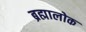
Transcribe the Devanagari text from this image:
ब्रह्मालोक